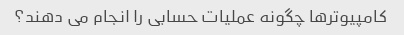
کامپیوترها چگونه عملیات حسابی را انجام می دهند؟